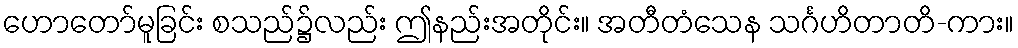
ဟောတော်မူခြင်း စသည်၌လည်း ဤနည်းအတိုင်း။ အတီတံသေန သင်္ဂဟိတာတိ-ကား။